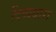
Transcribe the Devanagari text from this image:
दिव्यधारा